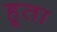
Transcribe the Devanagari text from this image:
हूता